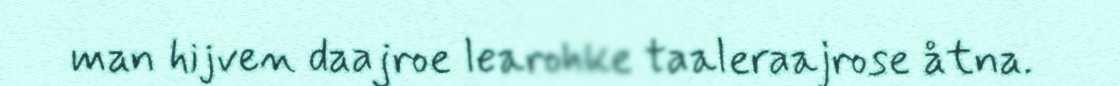
man hijven daajroe learohke taaleraajrose åtna.